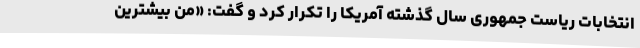
انتخابات ریاست جمهوری سال گذشته آمریکا را تکرار کرد و گفت: «من بیشترین